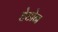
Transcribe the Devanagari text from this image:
हेडोन